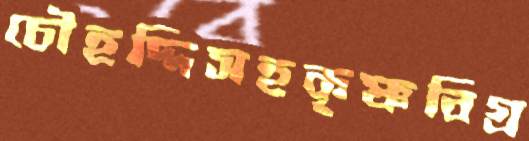
চৌহদ্দিসহকৃষ্ণবিগ্র